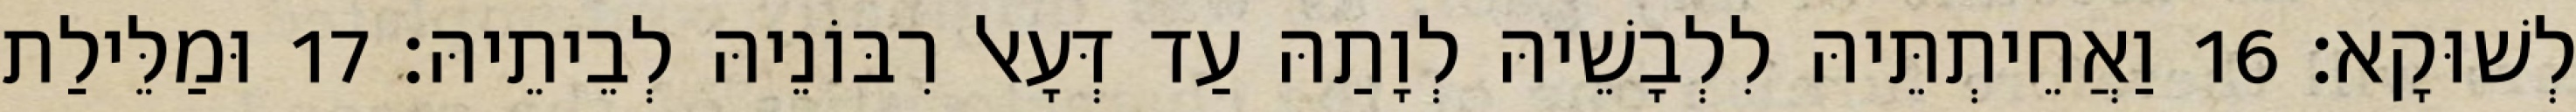
לְשׁוּקָא׃ 16 וַאֲחֵיתְתֵּיהּ לִלְבָשֵׁיהּ לְוָתַהּ עַד דְּעָאל רִבּוֹנֵיהּ לְבֵיתֵיהּ׃ 17 וּמַלֵּילַת